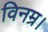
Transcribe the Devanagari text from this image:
विनम्र।